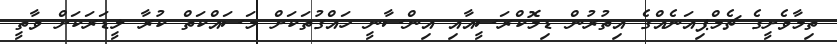
ތިމާވެށީގެ ޗެމްޕިއަނެއްގެ އިތުރުން ޑިމޮކްރަސީއާއި އިންސާނީ ހައްގުތަކަށް މަސައްކަތް ކުރާ ލީޑަރަކަށް ވާތީ